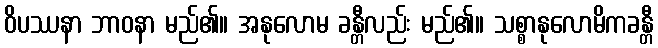
ဝိပဿနာ ဘာဝနာ မည်၏။ အနုလောမ ခန္တီလည်း မည်၏။ သစ္စာနုလောမိကခန္တီ